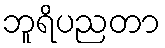
ဘူရိပညတာ